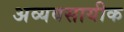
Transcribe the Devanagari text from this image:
अव्यवसायीक